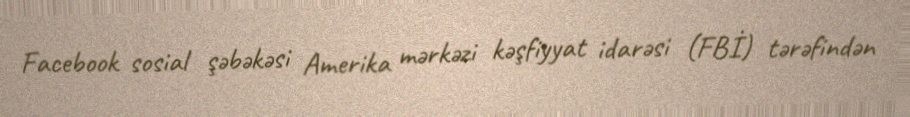
Facebook sosial şəbəkəsi Amerika mərkəzi kəşfiyyat idarəsi (FBİ) tərəfindən